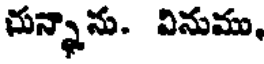
చున్నాను. వినుము,